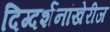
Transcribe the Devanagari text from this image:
दिग्दर्शनांखेरीज